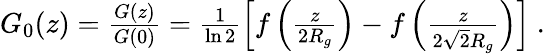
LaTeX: \begin{array}{r}{G_{0}(z)=\frac{G(z)}{G(0)}=\frac{1}{\ln 2}\left[f\left(\frac{z}{2R_{g}}\right)-f\left(\frac{z}{2\sqrt{2}R_{g}}\right)\right]~.}\end{array}